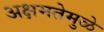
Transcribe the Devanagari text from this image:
अक्षमतेमुळे